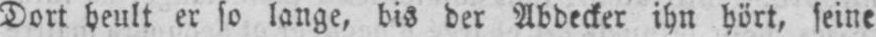
Dort heult er so lange, bis der Abdecker ihn hört, seine